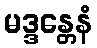
မဒ္ဒန္တေနံ